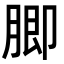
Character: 䐚